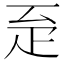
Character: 𤴖